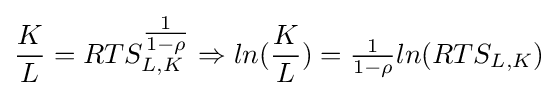
{\frac {K}{L}}=RTS_{L,K}^{\tfrac {1}{1-\rho }}\Rightarrow ln({\frac {K}{L}})={\tfrac {1}{1-\rho }}ln(RTS_{L,K})